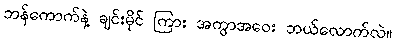
ဘန်ကောက်နဲ့ ချင်းမိုင် ကြား အကွာအဝေး ဘယ်လောက်လဲ။